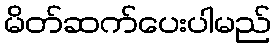
မိတ်ဆက်ပေးပါမည်